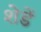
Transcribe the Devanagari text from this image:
शेडें